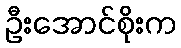
ဦးအောင်စိုးက